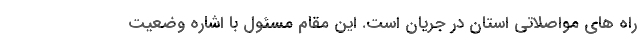
راه های مواصلاتی استان در جریان است. این مقام مسئول با اشاره وضعیت